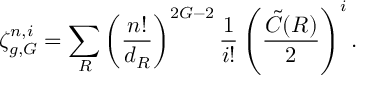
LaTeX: \zeta _ { g , G } ^ { n , i } = \sum _ { R } \left( \frac { n ! } { d _ { R } } \right) ^ { 2 G - 2 } { \frac { 1 } { i ! } } \left( \frac { \tilde { C } ( R ) } { 2 } \right) ^ { i } .